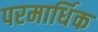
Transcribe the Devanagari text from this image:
परमार्धिक